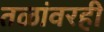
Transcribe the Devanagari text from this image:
तळांवरही